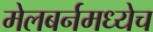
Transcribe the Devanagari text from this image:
मेलबर्नमध्येच